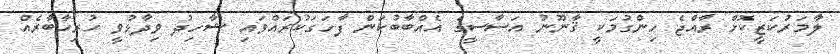
ލާމަރުކަޒީކޮށް ރާއްޖެ ހިންގުމަކީ ޤާނޫނު އަސާސީގެ އެއްބާބުކަން ފާހަގަކުރައްވައި ޝާހިދު ވިދާޅުވީ ހުރިހާބާރެއް